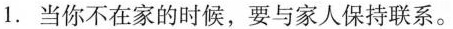
1.当你不在家的时候,要与家人保持联系。